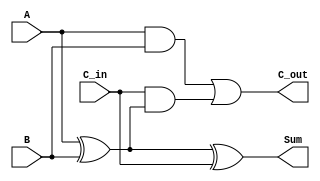
module RippleCarryFullAdder (
    input wire A,        // First input bit
    input wire B,        // Second input bit
    input wire C_in,     // Carry-in bit
    output wire Sum,     // Sum output
    output wire C_out    // Carry-out output
);

    // Intermediate signals
    wire A_xor_B;       // Intermediate result of A XOR B

    // Calculate Sum using XOR gates
    assign A_xor_B = A ^ B;          // A XOR B
    assign Sum = A_xor_B ^ C_in;     // (A XOR B) XOR C_in

    // Calculate Carry-out using AND and OR gates
    assign C_out = (A & B) | (C_in & A_xor_B); // (A AND B) OR (C_in AND (A XOR B))

endmodule